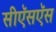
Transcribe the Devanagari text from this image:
सीऍसऍस